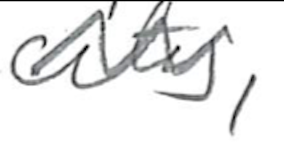
Text: city,
Cross-out: wave
Writing tool: pencil